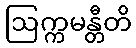
ဩက္ကမန္တီတိ